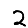
Digit: 2